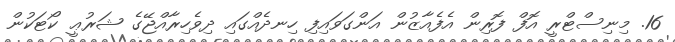
16. މިނިސްޓްރީ އޮފް ފޮރިން އެފެއާޒުން އަންގަވައިފި ހިނދެއްގައި ދިވެހިރާއްޖޭގެ ޝަރުޢީ ކޯޓަކުން